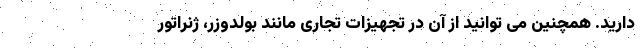
دارید. همچنین می توانید از آن در تجهیزات تجاری مانند بولدوزر، ژنراتور